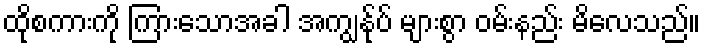
ထိုစကားကို ကြားသောအခါ အကျွန်ုပ် များစွာ ဝမ်းနည်း မိလေသည်။